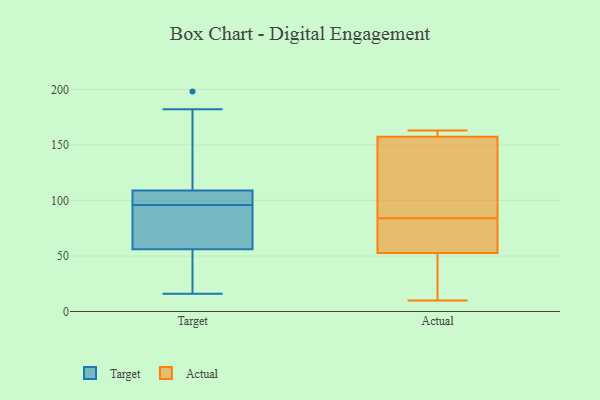
{"axis": {"x": "Bounce Rate (%)", "y": "Value"}, "legend": ["Actual", "Target"], "data": [{"x": "", "y": 117, "type": "Target"}, {"x": "", "y": 25, "type": "Target"}, {"x": "", "y": 98, "type": "Target"}, {"x": "", "y": 112, "type": "Target"}, {"x": "", "y": 20, "type": "Target"}, {"x": "", "y": 66, "type": "Target"}, {"x": "", "y": 198, "type": "Target"}, {"x": "", "y": 16, "type": "Target"}, {"x": "", "y": 96, "type": "Target"}, {"x": "", "y": 62, "type": "Target"}, {"x": "", "y": 98, "type": "Target"}, {"x": "", "y": 67, "type": "Target"}, {"x": "", "y": 100, "type": "Target"}, {"x": "", "y": 54, "type": "Target"}, {"x": "", "y": 182, "type": "Target"}, {"x": "", "y": 146, "type": "Actual"}, {"x": "", "y": 163, "type": "Actual"}, {"x": "", "y": 163, "type": "Actual"}, {"x": "", "y": 66, "type": "Actual"}, {"x": "", "y": 129, "type": "Actual"}, {"x": "", "y": 33, "type": "Actual"}, {"x": "", "y": 10, "type": "Actual"}, {"x": "", "y": 159, "type": "Actual"}, {"x": "", "y": 53, "type": "Actual"}, {"x": "", "y": 68, "type": "Actual"}, {"x": "", "y": 84, "type": "Actual"}, {"x": "", "y": 158, "type": "Actual"}, {"x": "", "y": 157, "type": "Actual"}, {"x": "", "y": 52, "type": "Actual"}, {"x": "", "y": 44, "type": "Actual"}, {"x": "", "y": 56, "type": "Actual"}, {"x": "", "y": 99, "type": "Actual"}]}